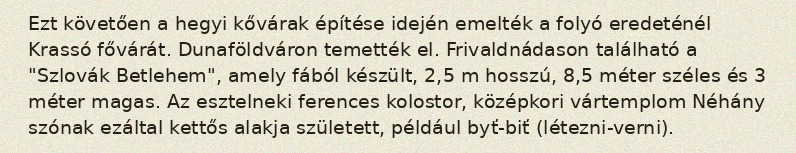
Ezt követően a hegyi kővárak építése idején emelték a folyó eredeténél Krassó fővárát. Dunaföldváron temették el. Frivaldnádason található a "Szlovák Betlehem", amely fából készült, 2,5 m hosszú, 8,5 méter széles és 3 méter magas. Az esztelneki ferences kolostor, középkori vártemplom Néhány szónak ezáltal kettős alakja született, például byť-biť (létezni-verni).